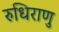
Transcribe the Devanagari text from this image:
रुधिराणु